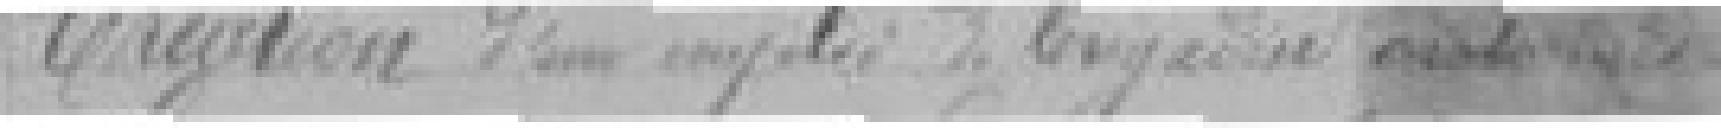
Création d'un emploi de ????